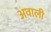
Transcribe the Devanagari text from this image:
अवाली